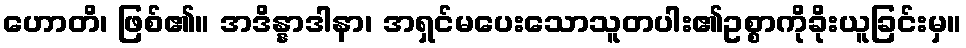
ဟောတိ၊ ဖြစ်၏။ အဒိန္နာဒါနာ၊ အရှင်မပေးသောသူတပါး၏ဥစ္စာကိုခိုးယူခြင်းမှ။